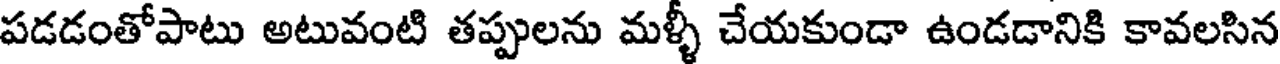
పడడంతోపాటు అటువంటి తప్పులను మళ్ళీ చేయకుండా ఉండడానికి కావలసిన